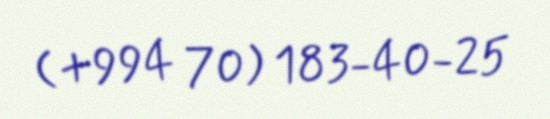
(+994 70) 183-40-25